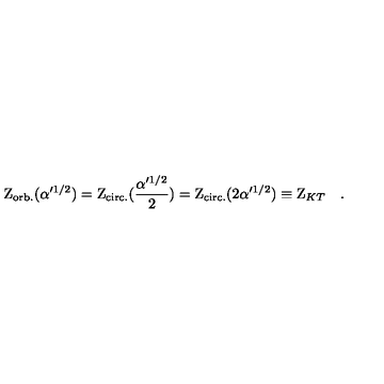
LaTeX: \mathrm { Z } _ { \mathrm { o r b . } } ( \alpha ^ { \prime 1 / 2 } ) = \mathrm { Z } _ { \mathrm { c i r c . } } ( { \frac { \alpha ^ { \prime 1 / 2 } } { 2 } } ) = \mathrm { Z } _ { \mathrm { c i r c . } } ( 2 \alpha ^ { \prime 1 / 2 } ) \equiv \mathrm { Z } _ { K T } \quad .